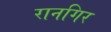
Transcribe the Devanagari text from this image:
रानगिर